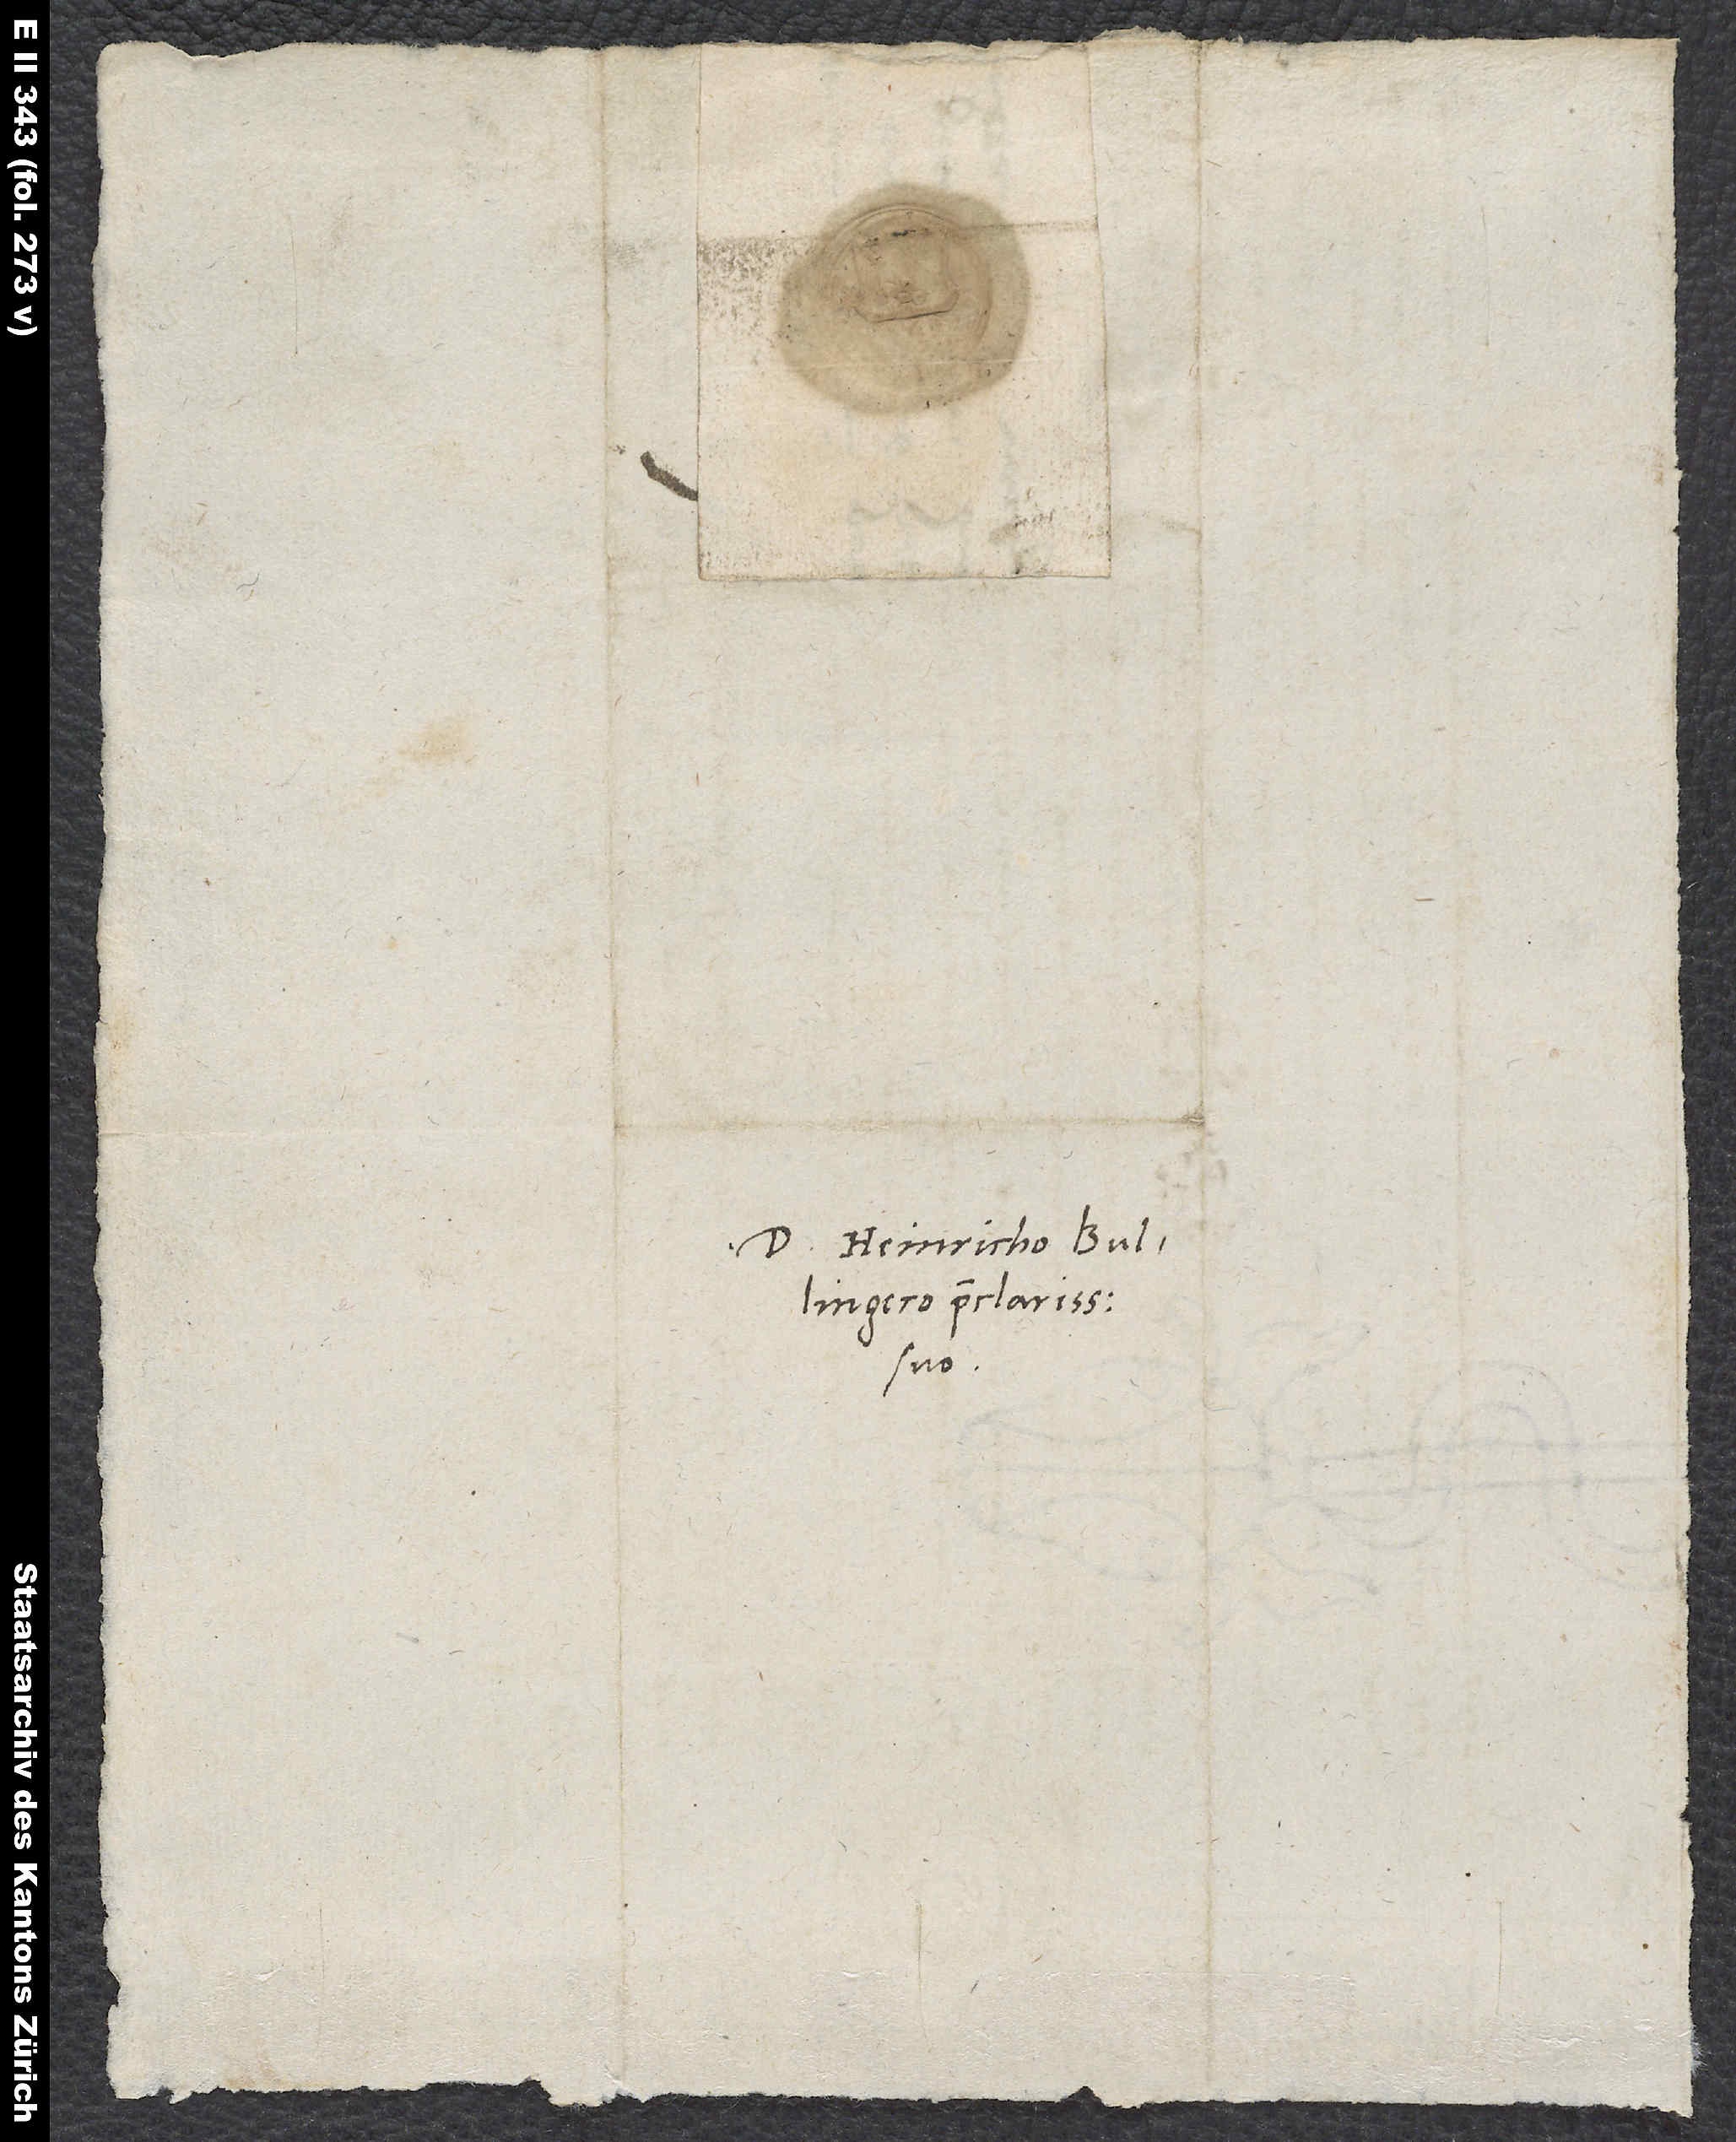
D. Heinricho Bullingero
suo.